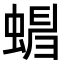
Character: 𧍺